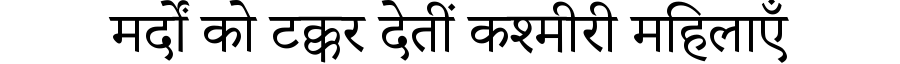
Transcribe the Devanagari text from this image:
मर्दों को टक्कर देतीं कश्मीरी महिलाएँ